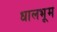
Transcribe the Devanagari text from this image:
धालभूम